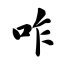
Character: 咋